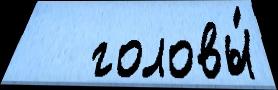
   головы́